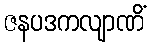
ဇနပဒကလျာဏိံ